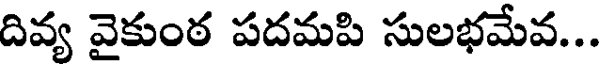
దివ్య వైకుంఠ పదమపి సులభమేవ...